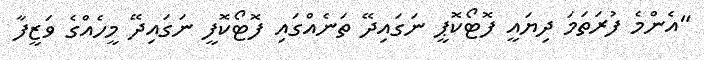
"އެންމެ ފުރަތަމަ ދިޔައީ ފޮޓޯކޮޕީ ނަގައިދޭ ތަނެއްގައި ފޮޓޯކޮފީ ނަގައިދޭ މީހެއްގެ ވަޒީފާ